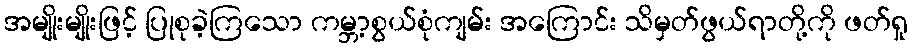
အမျိုးမျိုးဖြင့် ပြုစုခဲ့ကြသော ကမ္ဘာ့စွယ်စုံကျမ်း အကြောင်း သိမှတ်ဖွယ်ရာတို့ကို ဖတ်ရှု